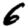
Digit: 6